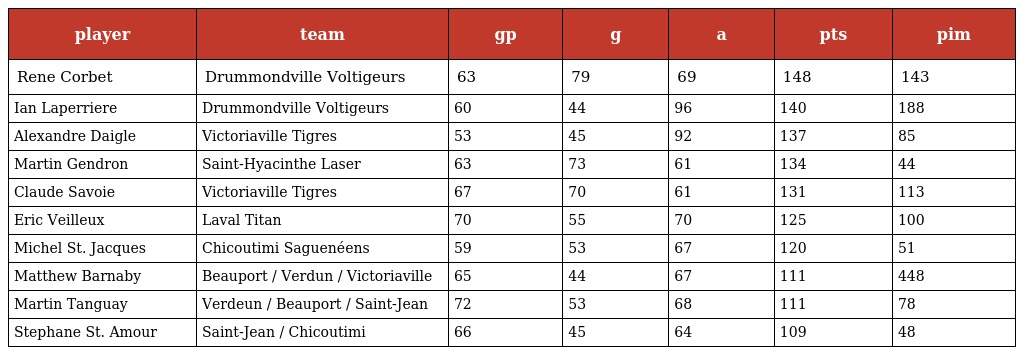
| player | team | gp | g | a | pts | pim |
 | --- | --- | --- | --- | --- | --- | --- |
 | Rene Corbet | Drummondville Voltigeurs | 63 | 79 | 69 | 148 | 143 |
 | Ian Laperriere | Drummondville Voltigeurs | 60 | 44 | 96 | 140 | 188 |
 | Alexandre Daigle | Victoriaville Tigres | 53 | 45 | 92 | 137 | 85 |
 | Martin Gendron | Saint-Hyacinthe Laser | 63 | 73 | 61 | 134 | 44 |
 | Claude Savoie | Victoriaville Tigres | 67 | 70 | 61 | 131 | 113 |
 | Eric Veilleux | Laval Titan | 70 | 55 | 70 | 125 | 100 |
 | Michel St. Jacques | Chicoutimi Saguenéens | 59 | 53 | 67 | 120 | 51 |
 | Matthew Barnaby | Beauport / Verdun / Victoriaville | 65 | 44 | 67 | 111 | 448 |
 | Martin Tanguay | Verdeun / Beauport / Saint-Jean | 72 | 53 | 68 | 111 | 78 |
 | Stephane St. Amour | Saint-Jean / Chicoutimi | 66 | 45 | 64 | 109 | 48 |